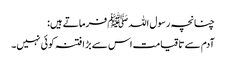
چنانچہ رسول اللہﷺ فرماتے ہیں:
آدم سے تاقیامت اس سے بڑا فتنہ کوئی نہیں۔